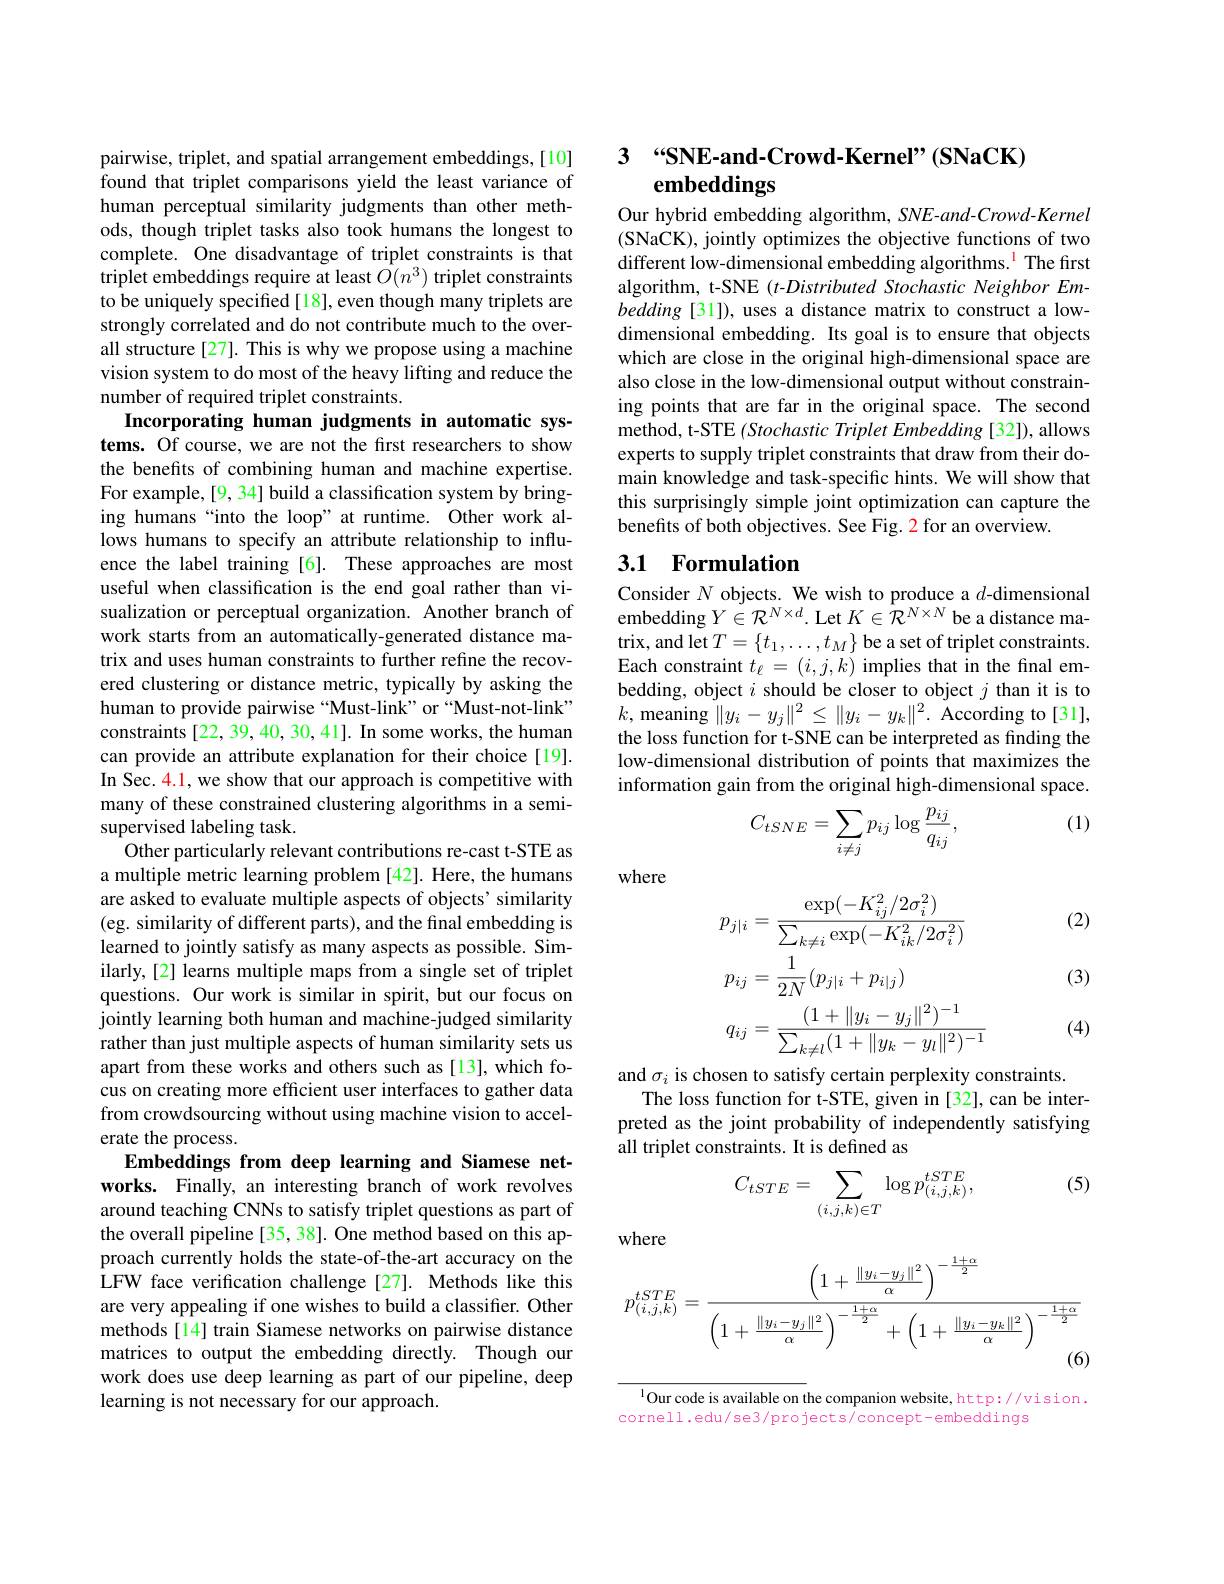
pairwise, triplet, and spatial arrangement embeddings, [10] found that triplet comparisons yield the least variance of human perceptual similarity judgments than other methods, though triplet tasks also took humans the longest to complete. One disadvantage of triplet constraints is that triplet embeddings require at least $\hat{O}(n^3)$ triplet constraints to be uniquely specified[18], even though many triplets are strongly correlated and do not contribute much to the overall structure [27]. This is why we propose using a machine vision system to do most of the heavy lifting and reduce the number of required triplet constraints.

Incorporating human judgments in automatic systems. Of course, we are not the frst researchers to show the benefits of combining human and machine expertise. For example, [9, 34] build a classification system by bringing humans“into the loop”at runtime. Other work allows humans to specify an attribute relationship to influence the label training [6]. These approaches are most useful when classification is the end goal rather than visualization or perceptual organization. Another branch of work starts from an automatically-generated distance matrix and uses human constraints to further refine the recovered clustering or distance metric, typically by asking the human to provide pairwise “Must-link” or “Must-not-link” constraints[22, 39, 40, 30, 41]. In some works, the human can provide an attribute explanation for their choice[19]. In Sec. 4.1, we show that our approach is competitive with many of these constrained clustering algorithms in a semisupervised labeling task.
Other particularly relevant contributions re-cast t-STE as a multiple metric learning problem [42]. Here, the humans are asked to evaluate multiple aspects of objects' similarity (eg. similarity of different parts), and the final embedding is learned to jointly satisfy as many aspects as possible. Similarly,[2] learns multiple maps from a single set of triplet questions. Our work is similar in spirit, but our focus on jointly learning both human and machine-judged similarity rather than just multiple aspects of human similarity sets us apart from these works and others such as [13], which focus on creating more efficient user interfaces to gather data from crowdsourcing without using machine vision to accelerate the process.
Embeddings from deep learning and Siamese networks. Finally, an interesting branch of work revolves around teaching CNNs to satisfy triplet questions as part of the overall pipeline [35, 38]. One method based on this approach currently holds the state-of-the-art accuracy on the LFW face verification challenge [27]. Methods like this are very appealing if one wishes to build a classifier. Other methods[14] train Siamese networks on pairwise distance matrices to output the embedding directly. Though our work does use deep learning as part of our pipeline, deep learning is not necessary for our approach.

3 $“ \mathbf{SNE- and- Crowd- Kernel" ( SNaCK) }$
embeddings

Our hybrid embedding algorithm, SNE-and-Crowd-Kernel (SNaCK), jointly optimizes the objective functions of two different low-dimensional embedding algorithms.$^{\mathrm{l}}$ The first algorithm, t-SNE ( t-Distributed Stochastic Neighbor Em- $bedding[31])$, uses a distance matrix to construct a lowdimensional embedding. Its goal is to ensure that objects which are close in the original high-dimensional space are also close in the low-dimensional output without constraining points that are far in the original space. The second method, t-STE (Stochastic Triplet Embedding [32]), allows experts to supply triplet constraints that draw from their domain knowledge and task-specific hints. We will show that this surprisingly simple joint optimization can capture the benefits of both objectives. See Fig. 2 for an overview.

## 3.1 Formulation

Consider $N$ objects. We wish to produce a $d$-dimensional embedding $Y\in\mathcal{R}^N\times d.$ Let $K\in\mathcal{R}^N\times N$ be a distance matrix, and let$T=\{t_1,\ldots,t_M\}$ be a set of triplet constraints. Each constraint $t_\ell=(i,j,k)$ implies that in the final embedding, object $i$ should be closer to object $j$ than it is to $k$, meaning $\|y_i-y_j\|^2\leq\|y_i-y_k\|^2.$ According to[31], the loss function for t-SNE can be interpreted as finding the low-dimensional distribution of points that maximizes the information gain from the original high-dimensional space.

(1)
$$C_{tSNE}=\sum_{i\neq j}p_{ij}\log\frac{p_{ij}}{q_{ij}},$$
where

(2)
$$\begin{aligned}&p_{j|i}=\frac{\exp(-K_{ij}^{2}/2\sigma_{i}^{2})}{\sum_{k\neq i}\exp(-K_{ik}^{2}/2\sigma_{i}^{2})}\\&p_{ij}=\frac{1}{2N}(p_{j|i}+p_{i|j})\\&q_{ij}=\frac{(1+\|y_{i}-y_{j}\|^{2})^{-1}}{\sum_{k\neq l}(1+\|y_{k}-y_{l}\|^{2})^{-1}}\end{aligned}$$
(3)

(4)

and $\sigma_i$ is chosen to satisfy certain perplexity constraints.
The loss function for t-STE, given in [32], can be interpreted as the joint probability of independently satisfying all triplet constraints. It is defined as

(5)
$$C_{tSTE}=\sum_{(i,j,k)\in T}\log p_{(i,j,k)}^{tSTE},$$
where
$$\begin{aligned}&\text{wicic}\\&p_{(i,j,k)}^{tSTE}=\frac{\left(1+\frac{\|y_i-y_j\|^2}{\alpha}\right)^{-\frac{1+\alpha}{2}}}{\left(1+\frac{\|y_i-y_j\|^2}{\alpha}\right)^{-\frac{1+\alpha}{2}}+\left(1+\frac{\|y_i-y_k\|^2}{\alpha}\right)^{-\frac{1+\alpha}{2}}}\\&\text{(6)}\end{aligned}$$
$^{\mathrm{l}}$Our code is available on the companion website, http://vision.
cornell.edu/se3/projects/concept-embeddings